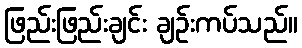
ဖြည်းဖြည်းချင်း ချဉ်းကပ်သည်။